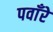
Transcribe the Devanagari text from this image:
पवाँरे